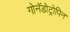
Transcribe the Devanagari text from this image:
गोनॅडोट्रोपिन